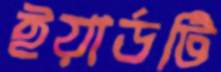
ইয়ার্ডটি